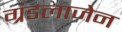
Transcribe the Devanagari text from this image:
ग्रंडलाजेन